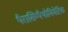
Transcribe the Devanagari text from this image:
पैरासिम्पैथोमिमेटिक